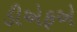
ડીએફએ